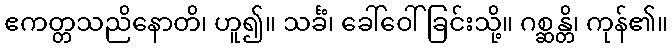
ဧကတ္တသညိနောတိ၊ ဟူ၍။ သင်္ခံ၊ ခေါ်ဝေါ်ခြင်းသို့။ ဂစ္ဆန္တိ၊ ကုန်၏။